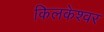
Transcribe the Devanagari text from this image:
किलकेश्‍वर